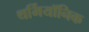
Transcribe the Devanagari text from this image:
थर्मियॉनिक